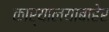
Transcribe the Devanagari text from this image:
कार्यालयाबाहेर